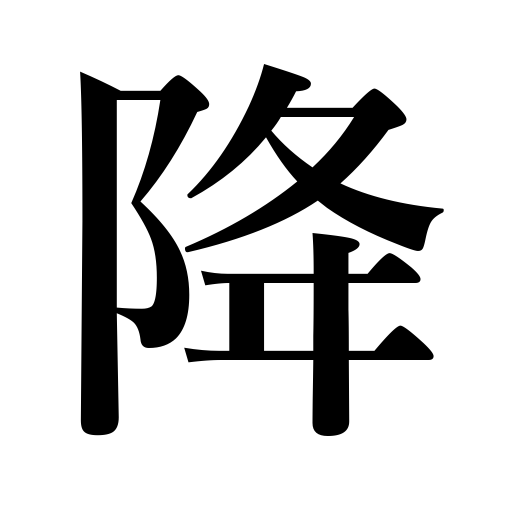
Meanings: fall,borrow in subtraction,drop,launch,let down,invoke,wear for the first time,take down,going down,come down,etc.,come down rain,exercise,go down,lock,lower,pull down,surrender,step down,grate,descend,lift down,get off,let off passengers,land,cause abortion